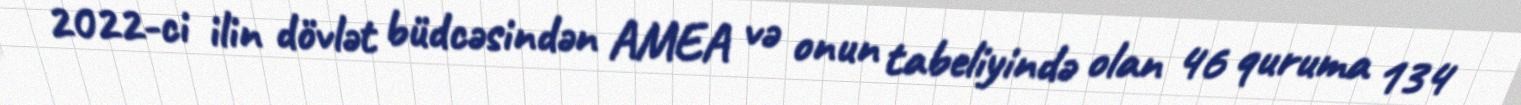
2022-ci ilin dövlət büdcəsindən AMEA və onun tabeliyində olan 46 quruma 134